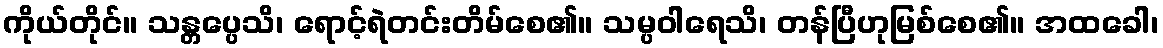
ကိုယ်တိုင်။ သန္တပ္ပေသိ၊ ရောင့်ရဲတင်းတိမ်စေ၏။ သမ္ပဝါရေသိ၊ တန်ပြီဟုမြစ်စေ၏။ အထခေါ၊